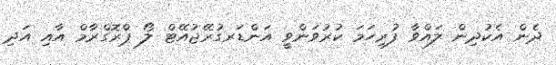
ދެން އެކުދިން ލައްވާ ފުރިހަމަ ކުރުވަންވީ އަންޑަރގުރޭޖުއޭޓް ލޯ ޕްރޮގްރާމް އާއި އަދި